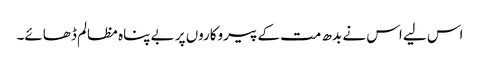
اس لیے اس نے بدھ مت کے پیروکاروں پر بے پناہ مظالم ڈھائے۔